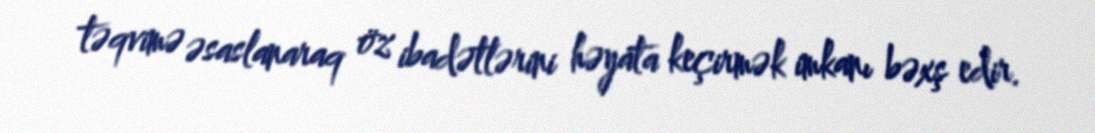
təqvimə əsaslanaraq öz ibadətlərini həyata keçirmək imkanı bəxş edir.